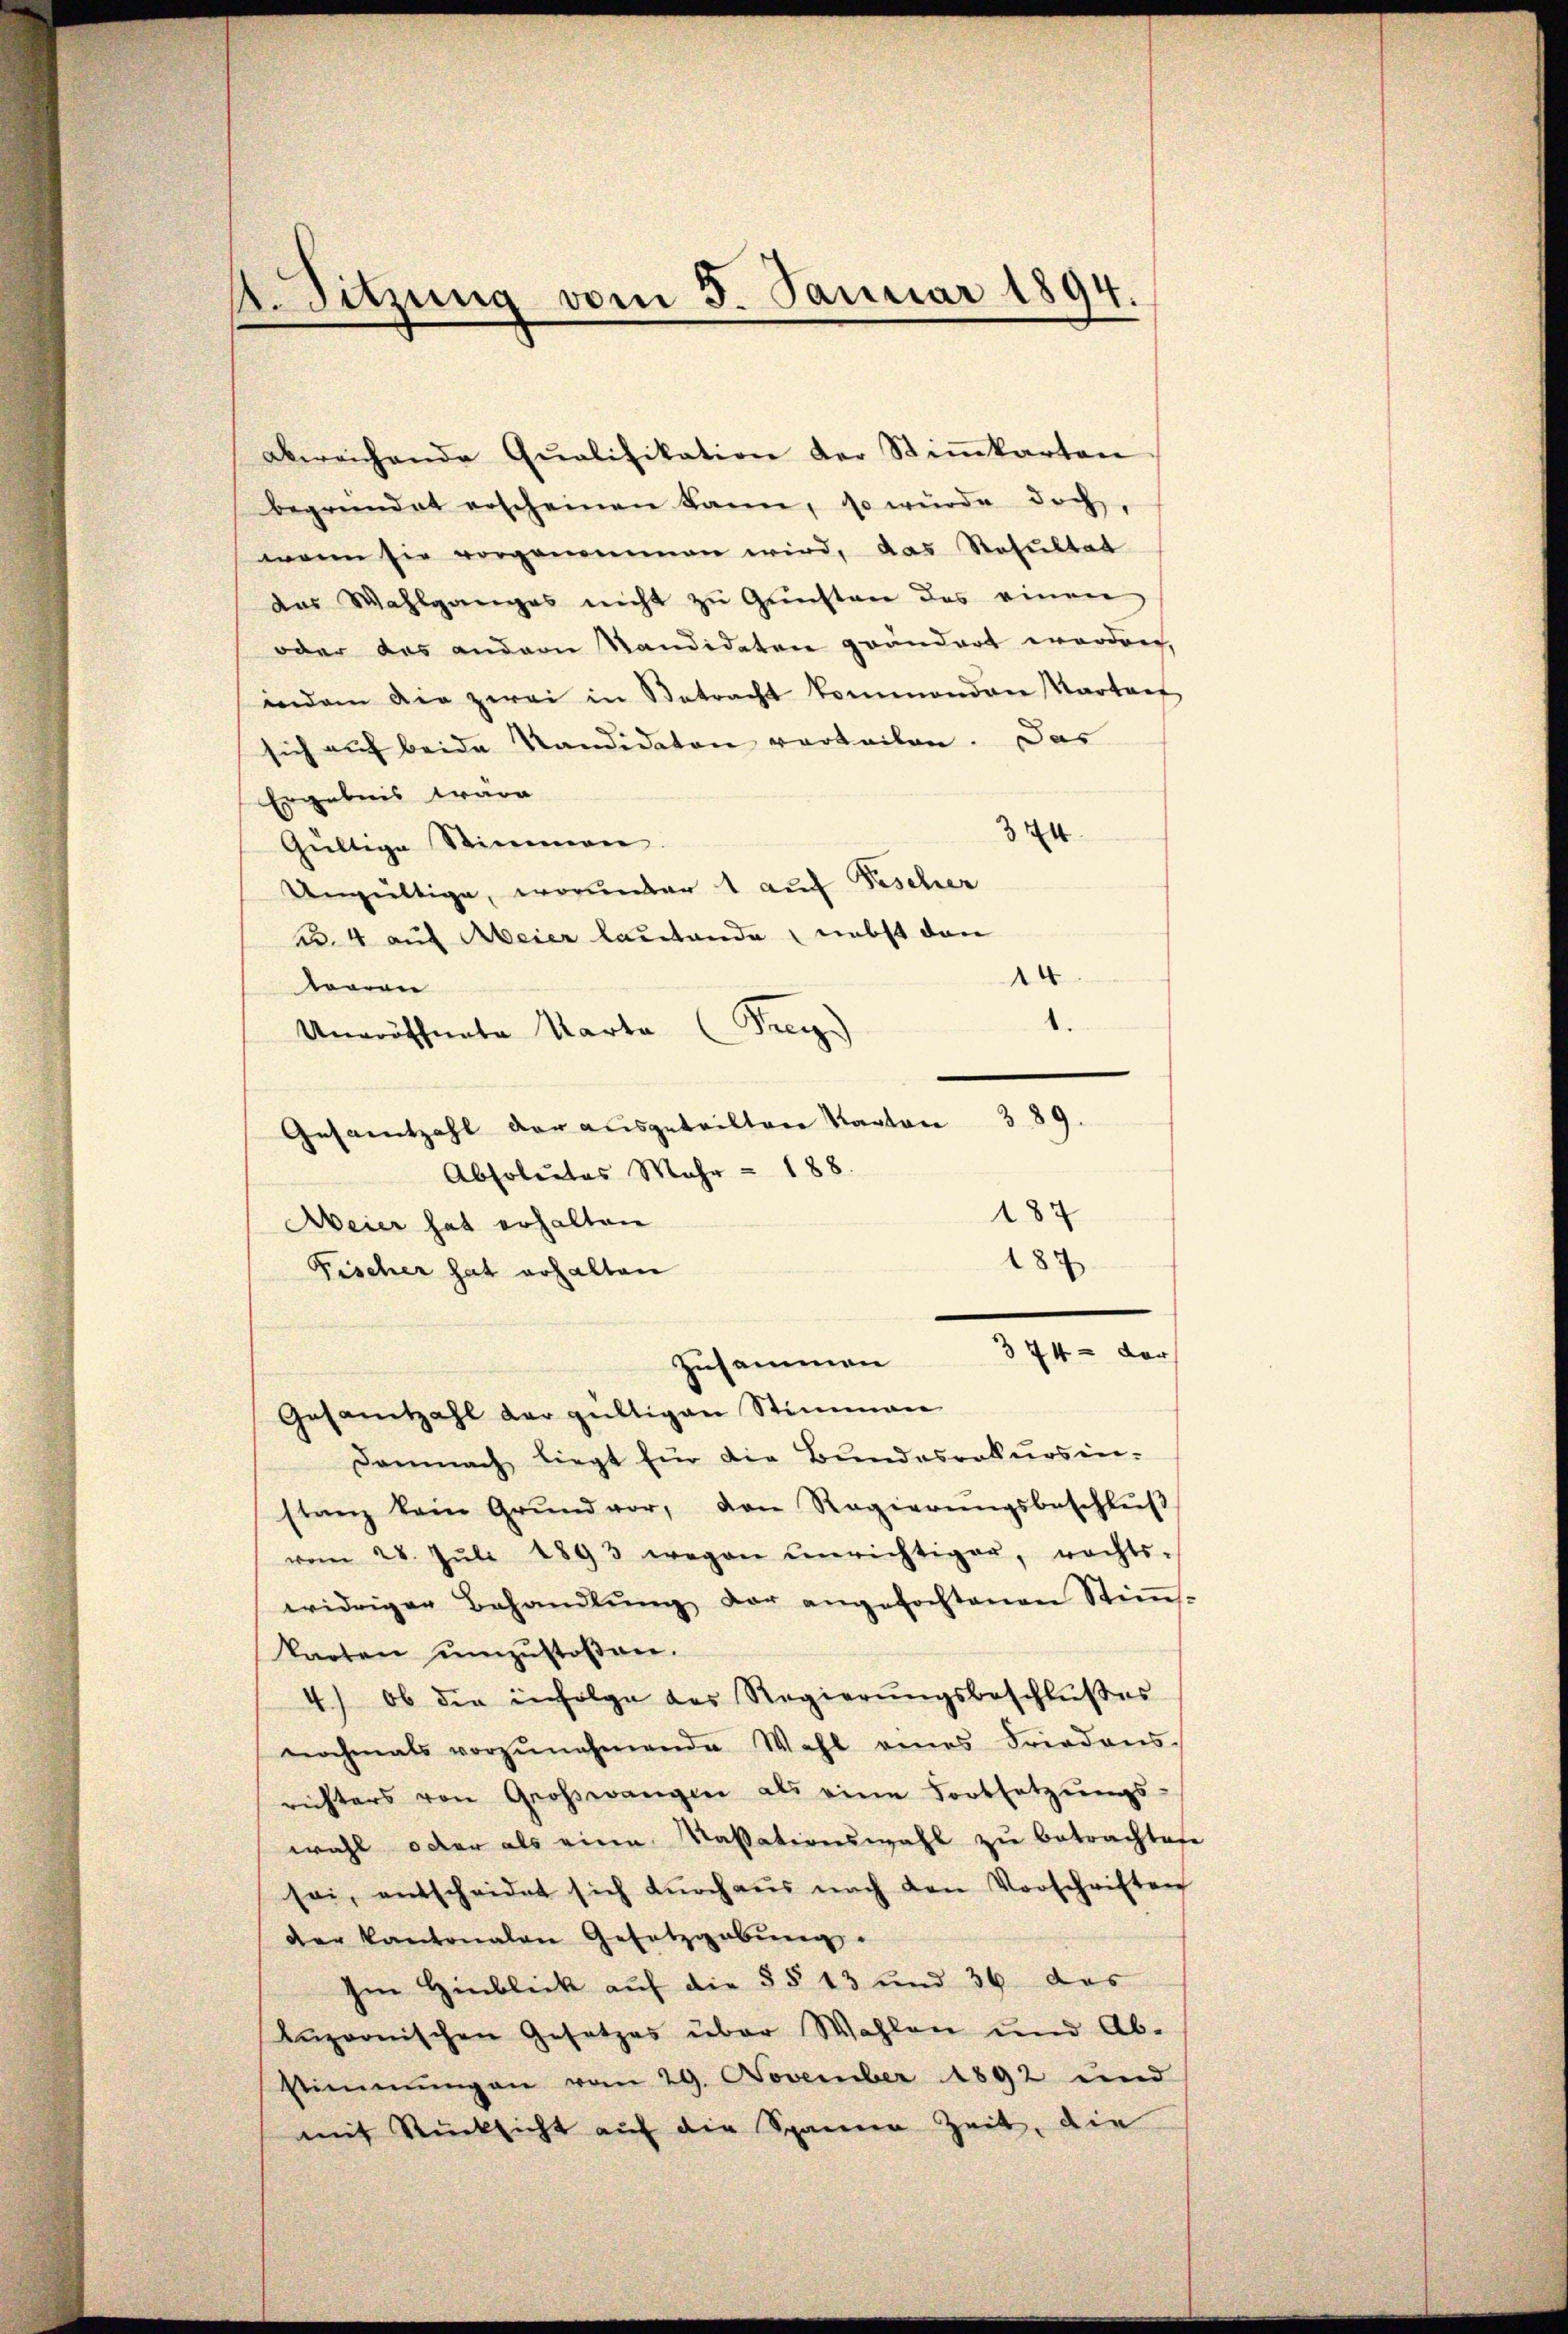
A. Sitzung vom 5. Januar 1894.

abweichende Qualifikation der Stiṁkarten
begründet erscheinen kann, so würde doch,
wenn sie vorgenommen wird, das Resultat
Das Wahlganges nicht zŭ Gŭnsten des einen
oder das andern Kandidaten geändert worden,
indem die zwei in Betracht kommenden Kartof
sich auf beide Kandidaten vorteilen. Das
Ergebnis ware
374
Gültige Stimmen.
Ungültige, worunter 1 auf Fischer
Nr. 4 auf Meier lautende nebst den
x
tearen
Uneröffnete Karte (Frey.
389.
Gesamtzahl der ausgeteiltene Kanton
Absolutes Mehr - 188.
187
Meier hat erhalten
184
Fischer hat erhalten
374 - der
Zusammen
Gesamtzahl der gültigen Stimmen
Demnach liegt fin die Bundesrokursin-
stanz kein Grŭnd vor, den Regierŭngsbeschlŭβ
vom 28. Jŭli 1893 wegen unrichtiger, rechts-
widriger Behandlŭng der angefochtenen Stiṁ-
karten ŭmzŭstoßen.
4.) Ob die infolge des Regierŭngsbeschlŭβes
nochmals vorzŭnehmende Wahl eines Friedens-
richters von Großwangen als eine Fortsetzŭngs-
wahl oder als eine Kassationswahl zu betrachtete
sei, entscheidet sich dŭrch aŭs nach den Vorschriften
der Kantonalen Gesetzgebŭng.
Im Hinblick auf die §§ 13 und 36 das
lŭzornischen Gesetzes über Wahlen und Ab-
Stimmungen vom 29. November 1892 und
mit Rücksicht auf die Spannen Zeit, die